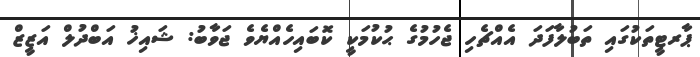
ޕާރޓީތަކުގައި ތަބުލާފަދަ އެއްޗެހި ޖެހުމުގެ ޙުކުމަކީ ކޮބައިހެއްޔެވެ ޖަވާބު: ޝައިޚު އަބްދުލް އަޒީޒް